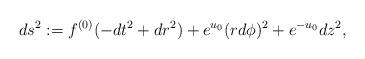
LaTeX: \begin{align*}ds^2:= f^{(0)}(-dt^2+dr^2)+e^{u_0}(rd\phi)^2+e^{-u_0}dz^2,\end{align*}